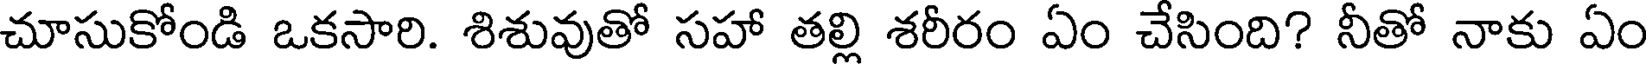
చూసుకోండి ఒకసారి. శిశువుతో సహా తల్లి శరీరం ఏం చేసింది? నీతో నాకు ఏం